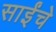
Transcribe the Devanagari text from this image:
साईंचे